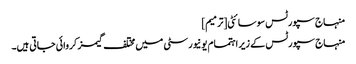
منہاج سپورٹس سوسائٹی[ترمیم]
منہاج سپورٹس کے زیر اہتمام یونیورسٹی میں مختلف گیمز کروائی جاتی ہیں۔